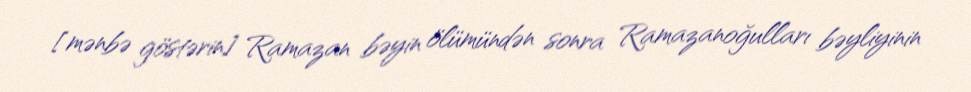
[mənbə göstərin] Ramazan bəyin ölümündən sonra Ramazanoğulları bəyliyinin